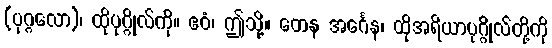
(ပုဂ္ဂလော)၊ ထိုပုဂ္ဂိုလ်ကို။ ဧဝံ၊ ဤသို့။ တေန အင်္ဂေန၊ ထိုအရိယာပုဂ္ဂိုလ်တို့ကို